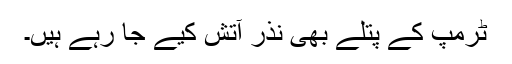
ٹرمپ کے پتلے بھی نذرِ آتش کیے جا رہے ہیں۔